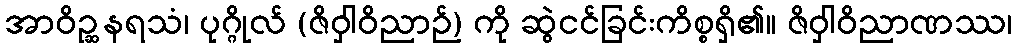
အာဝိဉ္ဆနရသံ၊ ပုဂ္ဂိုလ် (ဇိဝှါဝိညာဉ်) ကို ဆွဲငင်ခြင်းကိစ္စရှိ၏။ ဇိဝှါဝိညာဏဿ၊